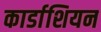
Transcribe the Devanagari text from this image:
कार्डाशियन